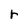
Character: r